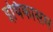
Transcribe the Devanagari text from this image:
इथिकासम